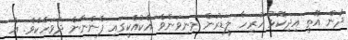
ދެން އޮތީ އިދިކޮޅު ހުރިހާ ލީޑަރުން މިނިވަންވެ އެކުއެކީގައި ފެންނާނެ ދުވަހެކެވެ. އެ